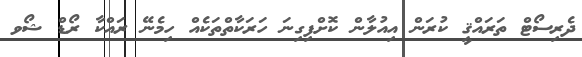
ދެރިސޯޓް ތަރައްޤީ ކުރަން އިއުލާން ކޮށްފިގިނަ ހަރަކާތްތަކެއް ހިމެނޭ ރައްކާ ރޯޑް ޝޯވ